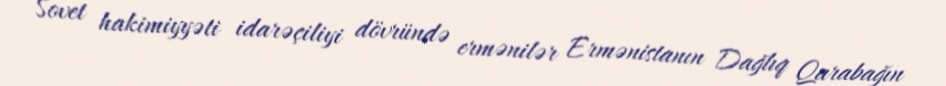
Sovet hakimiyyəti idarəçiliyi dövründə ermənilər Ermənistanın Dağlıq Qarabağın